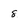
Character: 8